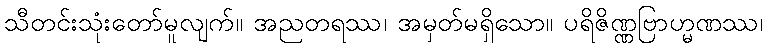
သီတင်းသုံးတော်မူလျက်။ အညတရဿ၊ အမှတ်မရှိသော။ ပရိဇိဏ္ဏဗြာဟ္မဏဿ၊